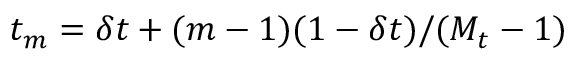
t _ { m } = \delta t + ( m - 1 ) ( 1 - \delta t ) / ( M _ { t } - 1 )